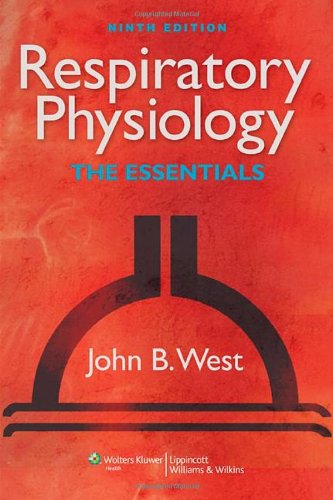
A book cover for Respiratory Physiology: The Essentials (RESPIRATORY PHYSIOLOGY: THE ESSENTIALS (WEST)); John B. West MD  PhD; Test Preparation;